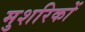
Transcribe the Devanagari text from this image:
मुशरिकों